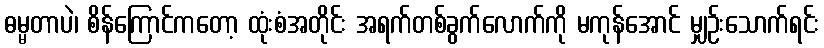
ဓမ္မတာပဲ၊ စိန်ကြောင်ကတော့ ထုံးစံအတိုင်း အရက်တစ်ခွက်လောက်ကို မကုန်အောင် မျှဉ်းသောက်ရင်း